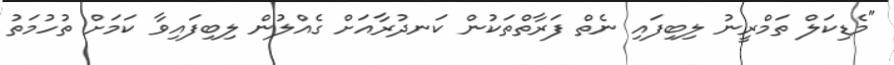
"މެޑިކަލް ތަމްރީނު ލިބިފައި ނެތް ފަރާތްތަކުން ކަނދުރާއަށް ގެއްލުން ލިބިފައިވާ ކަމަށް ތުހުމަތު